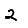
Digit: 2